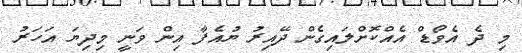
މި ދެ އެވޯޑް އެއްކޮށްލައިގެން ދޭއިރު ޔުއެފާ އިން ވަނީ މިދިޔަ އަހަރު